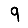
Digit: 9